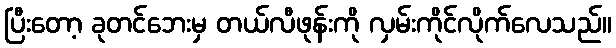
ပြီးတော့ ခုတင်ဘေးမှ တယ်လီဖုန်းကို လှမ်းကိုင်လိုက်လေသည်။